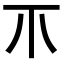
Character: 𤓯